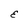
Character: E